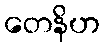
တေနိဟ